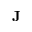
\mathbf { J }